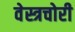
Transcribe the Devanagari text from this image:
वेस्त्रचोरी